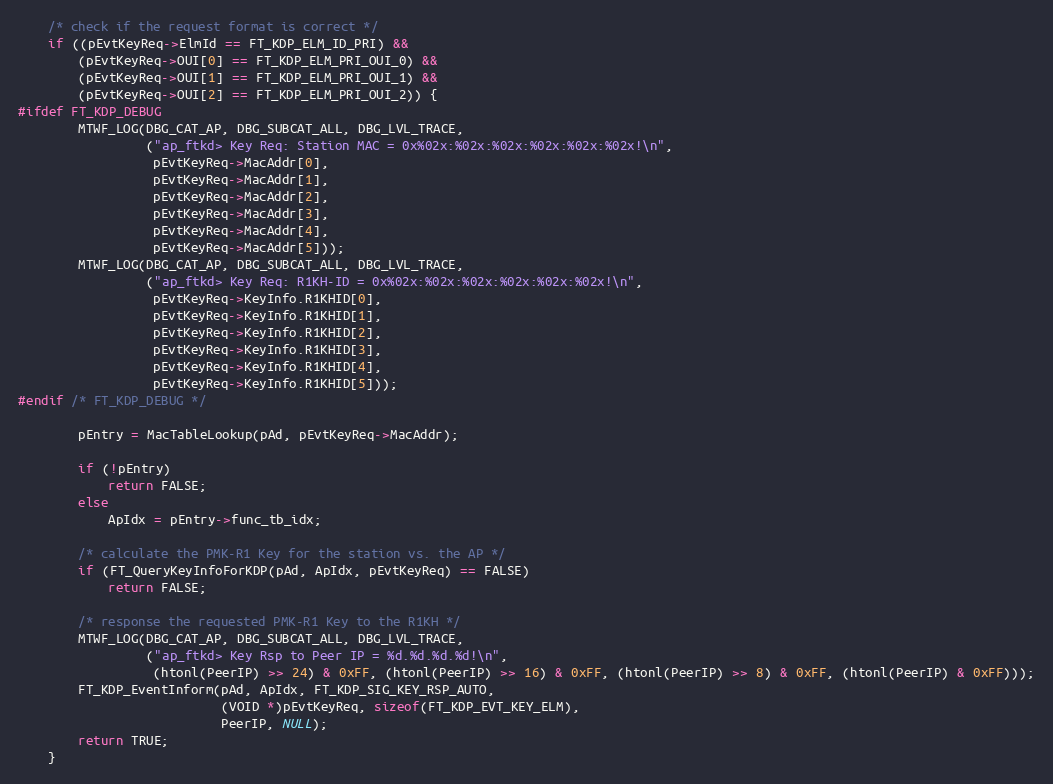
Language: C
	/* check if the request format is correct */
	if ((pEvtKeyReq->ElmId == FT_KDP_ELM_ID_PRI) &&
		(pEvtKeyReq->OUI[0] == FT_KDP_ELM_PRI_OUI_0) &&
		(pEvtKeyReq->OUI[1] == FT_KDP_ELM_PRI_OUI_1) &&
		(pEvtKeyReq->OUI[2] == FT_KDP_ELM_PRI_OUI_2)) {
#ifdef FT_KDP_DEBUG
		MTWF_LOG(DBG_CAT_AP, DBG_SUBCAT_ALL, DBG_LVL_TRACE,
				 ("ap_ftkd> Key Req: Station MAC = 0x%02x:%02x:%02x:%02x:%02x:%02x!\n",
				  pEvtKeyReq->MacAddr[0],
				  pEvtKeyReq->MacAddr[1],
				  pEvtKeyReq->MacAddr[2],
				  pEvtKeyReq->MacAddr[3],
				  pEvtKeyReq->MacAddr[4],
				  pEvtKeyReq->MacAddr[5]));
		MTWF_LOG(DBG_CAT_AP, DBG_SUBCAT_ALL, DBG_LVL_TRACE,
				 ("ap_ftkd> Key Req: R1KH-ID = 0x%02x:%02x:%02x:%02x:%02x:%02x!\n",
				  pEvtKeyReq->KeyInfo.R1KHID[0],
				  pEvtKeyReq->KeyInfo.R1KHID[1],
				  pEvtKeyReq->KeyInfo.R1KHID[2],
				  pEvtKeyReq->KeyInfo.R1KHID[3],
				  pEvtKeyReq->KeyInfo.R1KHID[4],
				  pEvtKeyReq->KeyInfo.R1KHID[5]));
#endif /* FT_KDP_DEBUG */

		pEntry = MacTableLookup(pAd, pEvtKeyReq->MacAddr);

		if (!pEntry)
			return FALSE;
		else
			ApIdx = pEntry->func_tb_idx;

		/* calculate the PMK-R1 Key for the station vs. the AP */
		if (FT_QueryKeyInfoForKDP(pAd, ApIdx, pEvtKeyReq) == FALSE)
			return FALSE;

		/* response the requested PMK-R1 Key to the R1KH */
		MTWF_LOG(DBG_CAT_AP, DBG_SUBCAT_ALL, DBG_LVL_TRACE,
				 ("ap_ftkd> Key Rsp to Peer IP = %d.%d.%d.%d!\n",
				  (htonl(PeerIP) >> 24) & 0xFF, (htonl(PeerIP) >> 16) & 0xFF, (htonl(PeerIP) >> 8) & 0xFF, (htonl(PeerIP) & 0xFF)));
		FT_KDP_EventInform(pAd, ApIdx, FT_KDP_SIG_KEY_RSP_AUTO,
						   (VOID *)pEvtKeyReq, sizeof(FT_KDP_EVT_KEY_ELM),
						   PeerIP, NULL);
		return TRUE;
	}